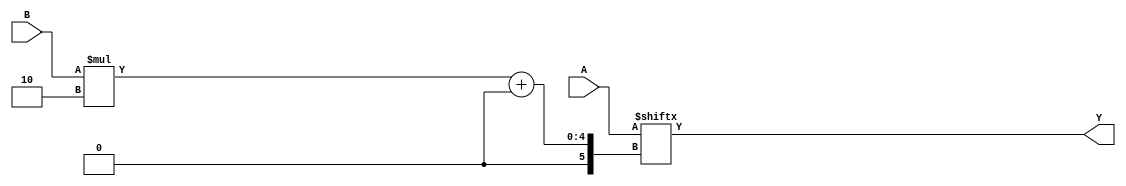
module top(input [6:0] A, input [1:0] B, output [1:0] Y);
wire [7:0] AA = {1'bx, A};
assign Y = AA[B*2 +: 2];
endmodule